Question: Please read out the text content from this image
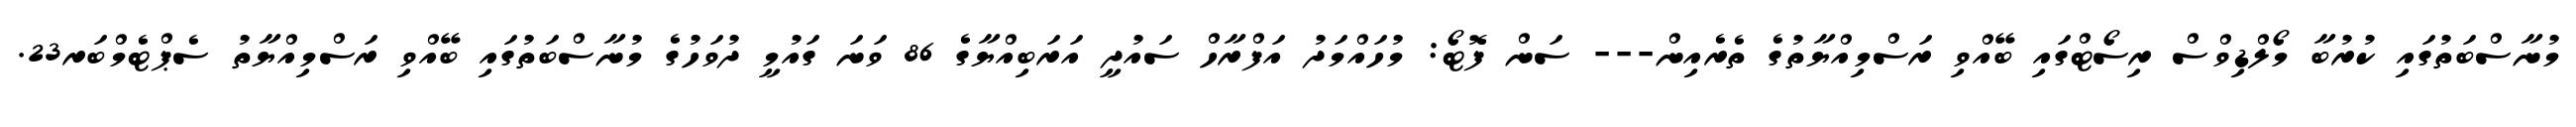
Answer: މުނާސްބަތުގައި ކުރުބާ މޯލްޑިވްސް ރިސޯޓްގައި ބޭއްވި ރަސްމިއްޔާތުގެ ތެރެއިން--- ސަން ފޮޓޯ: މުހައްމަދު އަފްރާހް ސައުދީ އަރަބިއްޔާގެ 86 ވަނަ ގައުމީ ދުވަހުގެ މުނާސްބަތުގައި ބޭއްވި ރަސްމިއްޔާތު ސެޕްޓެމްބަރ23.